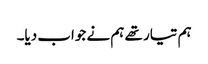
ہم تیار تھے ہم نے جواب دیا۔